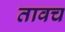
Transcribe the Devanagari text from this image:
तावच